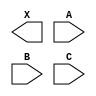
module sky130_fd_sc_ms__xor3 (
    X,
    A,
    B,
    C
);

    output X;
    input  A;
    input  B;
    input  C;

    // Voltage supply signals
    supply1 VPWR;
    supply0 VGND;
    supply1 VPB ;
    supply0 VNB ;

endmodule